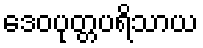
ဒေဝပုတ္တပရိသာယ